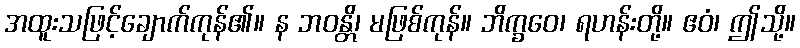
အထူးသဖြင့်ချောက်ကုန်၏။ န ဘဝန္တိ၊ မဖြစ်ကုန်။ ဘိက္ခဝေ၊ ရဟန်းတို့။ ဧဝံ၊ ဤသို့။